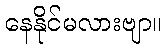
နေနိုင်မလားဗျာ။